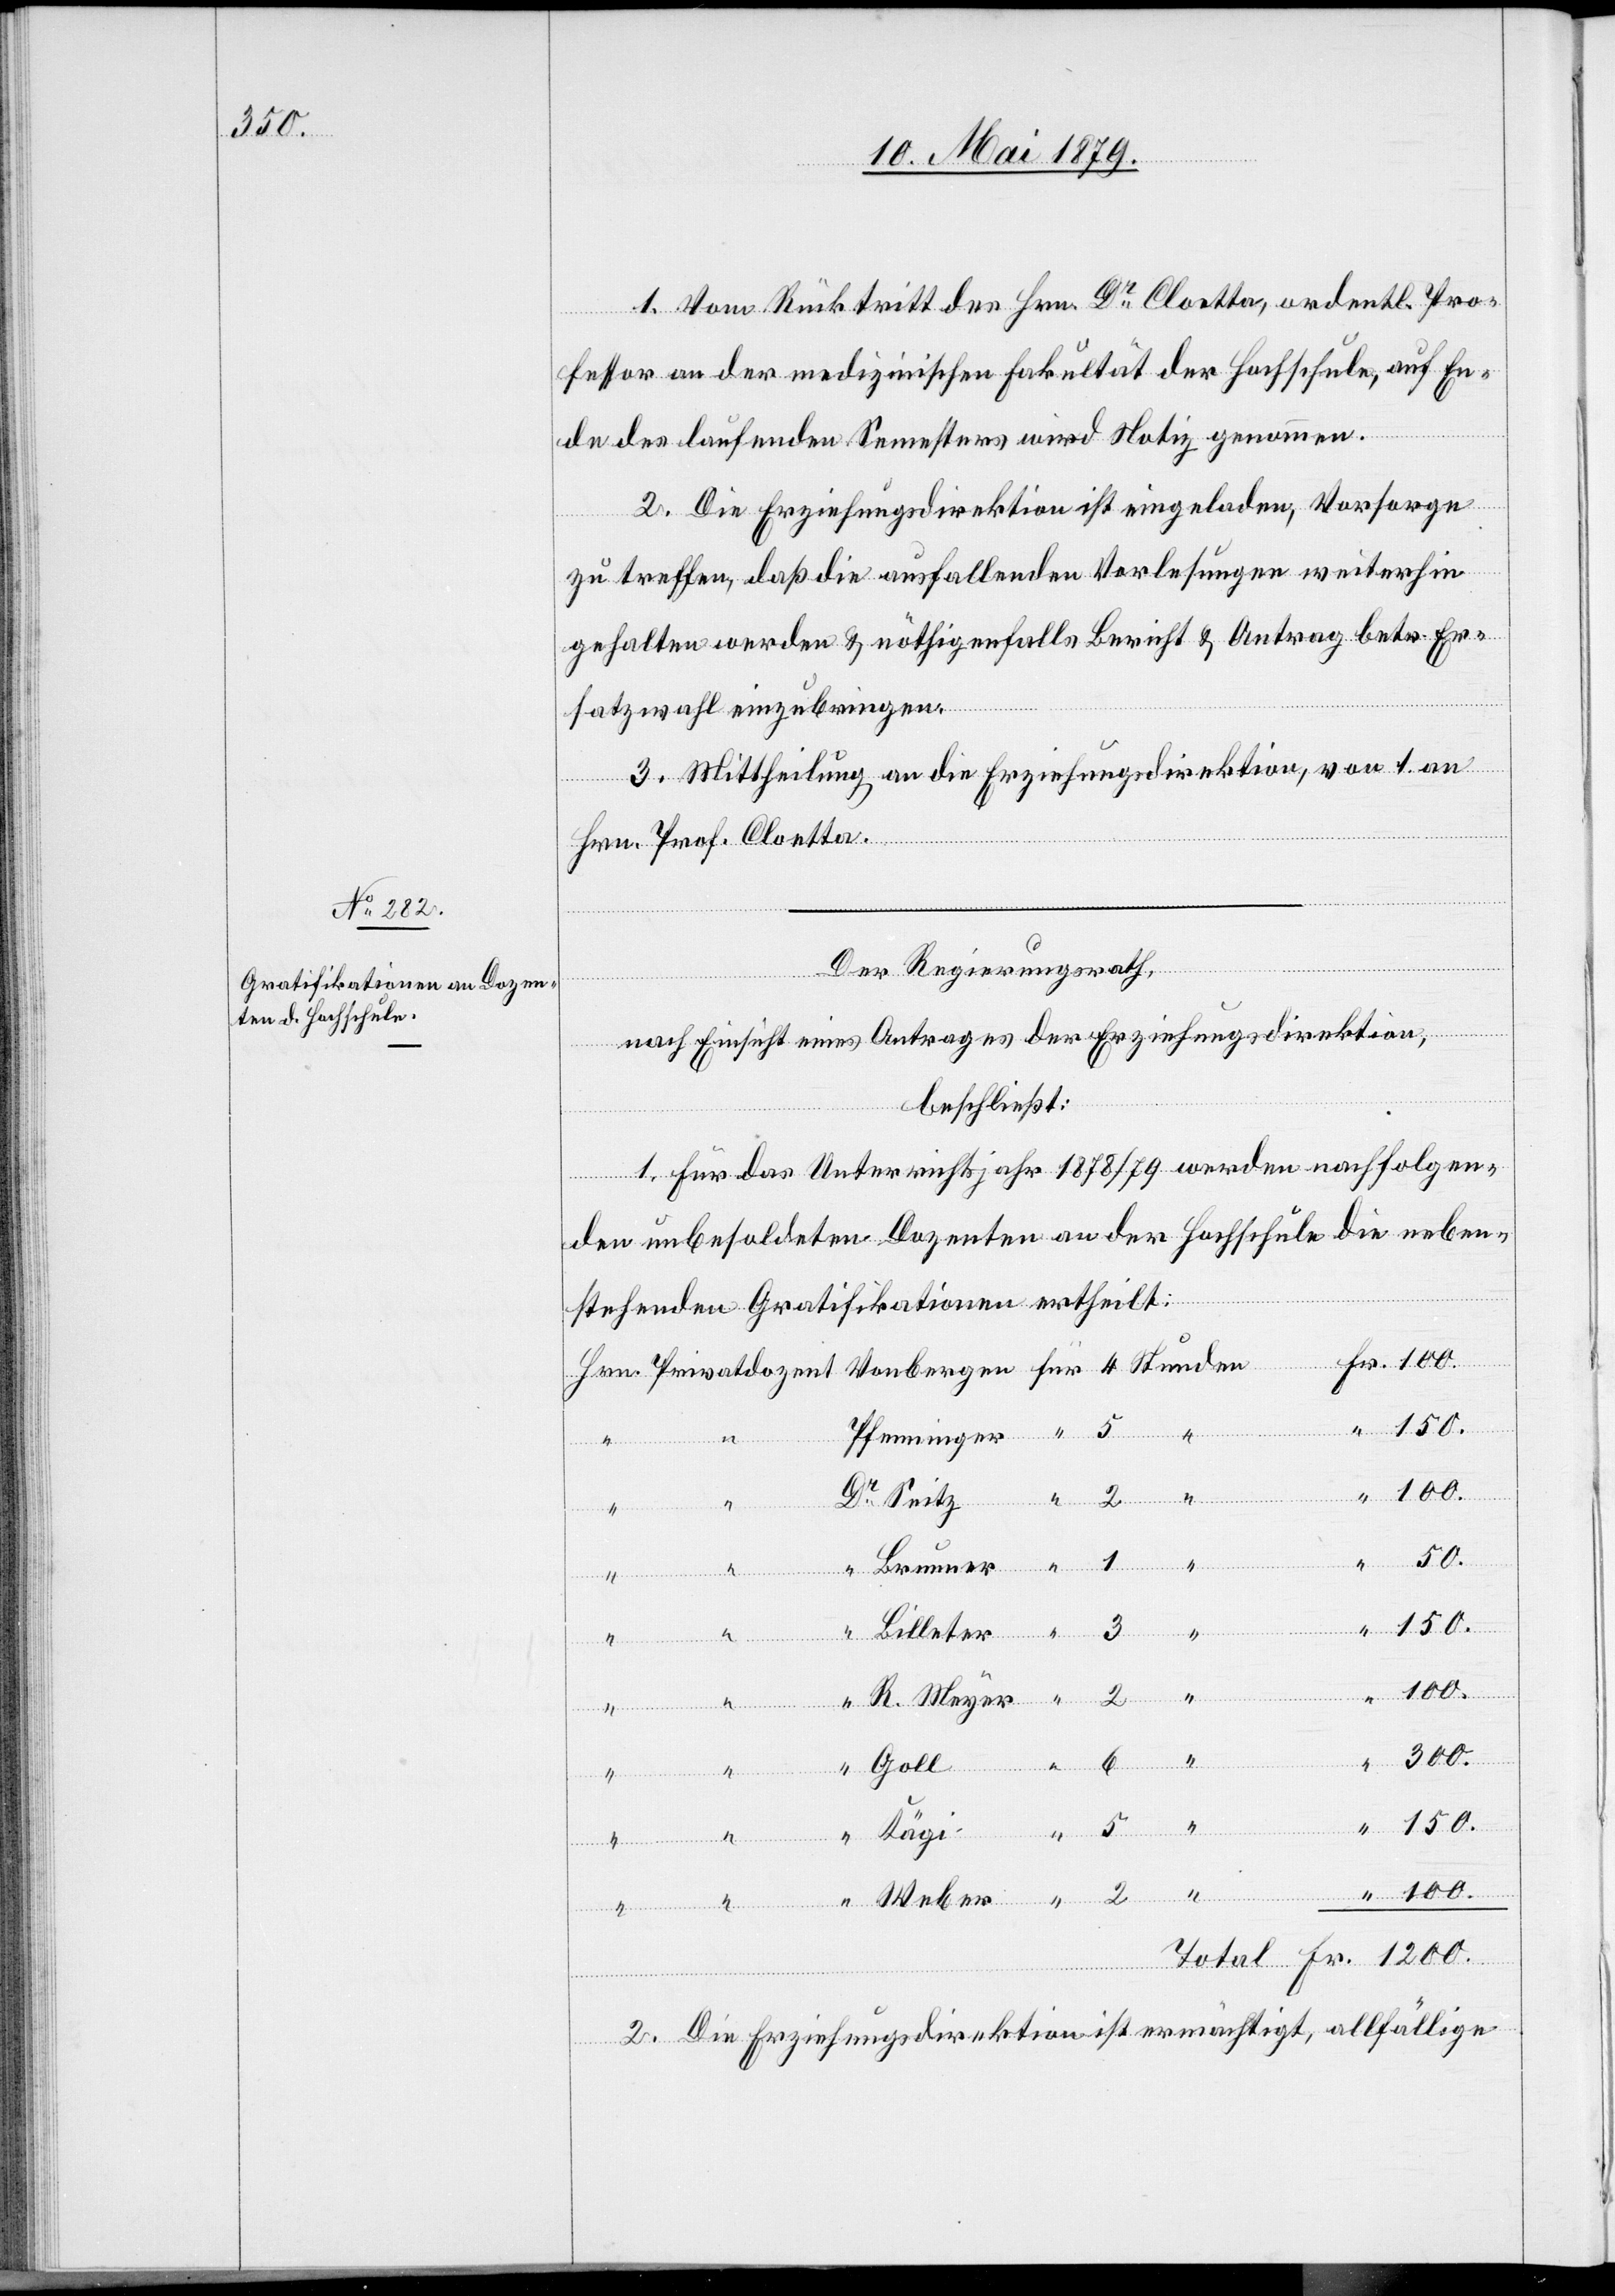
1200.

“

1. Vom Rücktritt des Hrn. Dr Cloetta, ordentl. Pro¬
fessor an der medizinischen Fakultät der Hochschule, auf En¬
de des laufenden Semesters wird Notiz genommen.
2. Die Erziehungsdirektion ist eingeladen, Vorsorge
Fr.
zu treffen, daß die ausfallenden Vorlesungen weiterhin
gehalten werden & nöthigenfalls Bericht & Antrag betr. Er¬
satzwahl einzubringen.
3. Mittheilung an die Erziehungsdirektion, von 1. an
en
Hrn. Prof. Cloetta.
Der Regierungsrath,
nach Einsicht eines Antrages der Erziehungsdirektion,
beschließt:
1. Für das Unterrichtsjahr 1878/79 werden nachfolgen¬
den unbesoldeten Dozenten an der Hochschule die neben¬
stehenden Gratifikationen ertheilt:
ner
4
Pfenninger
2
50.
2. Die Erziehungsdirektion ist ermächtigt, allfällige